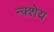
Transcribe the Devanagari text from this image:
न्क्शेय